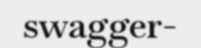
swagger-